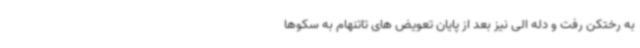
به رختکن رفت و دله الی نیز بعد از پایان تعویض های تاتنهام به سکوها